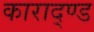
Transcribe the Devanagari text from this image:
काराद्ण्ड